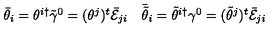
\begin{array} { c c } { \bar { \theta } _ { i } = \theta ^ { i \dagger } \tilde { \gamma } ^ { 0 } = ( \theta ^ { j } ) ^ { t } \bar { \cal E } _ { j i } } & { \bar { \tilde { \theta } } _ { i } = \tilde { \theta } ^ { i \dagger } \gamma ^ { 0 } = ( \tilde { \theta } ^ { j } ) ^ { t } \bar { \cal E } _ { j i } } \\ \end{array}